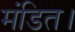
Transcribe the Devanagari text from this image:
मंडित।